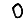
Digit: 0